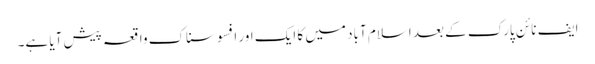
ایف نائن پارک کے بعد اسلام آباد میں کا ایک اور افسوسناک واقعہ پیش آیا ہے۔